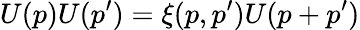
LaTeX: U(p)U(p^{\prime})=\xi(p,p^{\prime})U(p+p^{\prime})